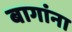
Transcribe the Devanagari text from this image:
बागांना